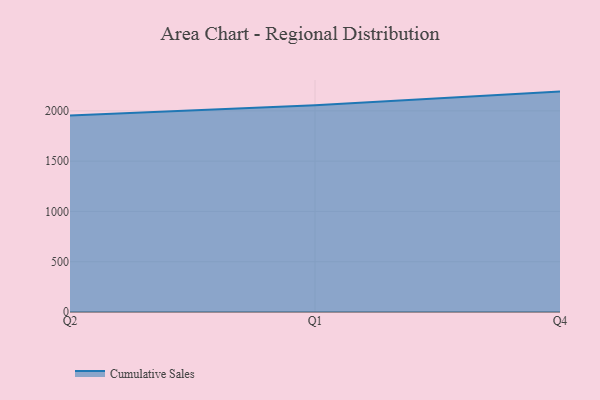
{"axis": {"x": "Quarter", "y": "Bounce Rate (%)"}, "legend": ["Cumulative Sales"], "data": [{"x": "Q2", "y": 1954.3, "type": "Cumulative Sales"}, {"x": "Q1", "y": 2056.0, "type": "Cumulative Sales"}, {"x": "Q4", "y": 2191.2, "type": "Cumulative Sales"}]}